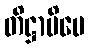
တိဋ္ဌာမိပေ